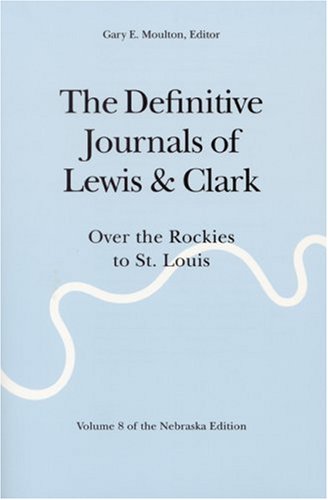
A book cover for The Definitive Journals of Lewis & Clark, Vol. 8: Over the Rockies to St. Louis; Meriwether Lewis; Travel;